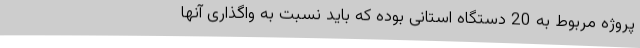
پروژه مربوط به 20 دستگاه استانی بوده که باید نسبت به واگذاری آنها